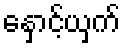
နှောင့်ယှက်